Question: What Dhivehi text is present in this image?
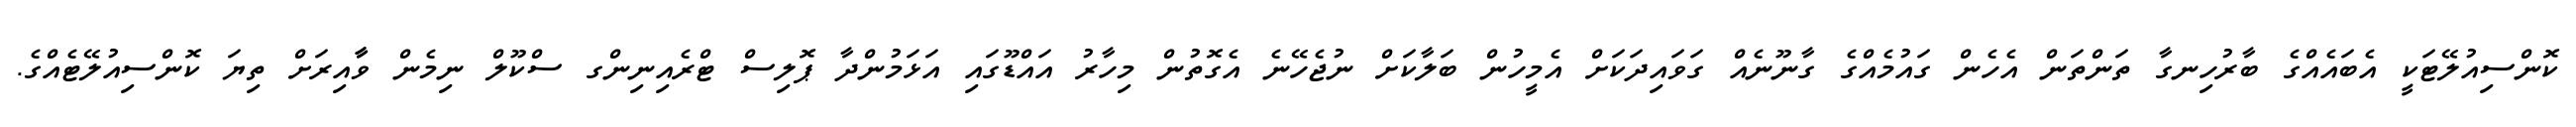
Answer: ކޮންސިއުލޭޓަކީ އެބައެއްގެ ބާރުހިނގާ ތަންތަން އެހެން ގައުމެއްގެ ގާނޫނެއް ގަވައިދަކަށް އެމީހުން ބަލާކަށް ނުޖެހޭނެ އެގޮތުން މިހާރު އައްޑޫގައި އަޅަމުންދާ ޕޮލިސް ޓްރެއިނިންގ ސްކޫލް ނިމެން ވާާއިރަށް ތިޔަ ކޮންސިއުލޭޓެއްގެ.